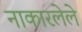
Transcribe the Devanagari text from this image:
नाकारलेले